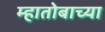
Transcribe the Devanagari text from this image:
म्हातोबाच्या